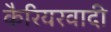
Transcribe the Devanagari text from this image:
कैरियरवादी